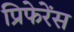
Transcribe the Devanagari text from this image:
प्रिफेरेंस